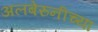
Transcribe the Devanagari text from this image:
अलबेरुनीच्या